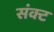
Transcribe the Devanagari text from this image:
संक्ट